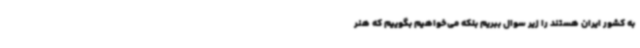
به کشور ایران هستند را زیر سوال ببریم بلکه می‌خواهیم بگوییم که هنر